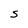
Character: S